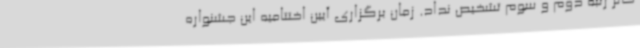
حائز رتبه دوم و سوم تشخیص نداد. زمان برگزاری آیین اختتامیه این جشنواره